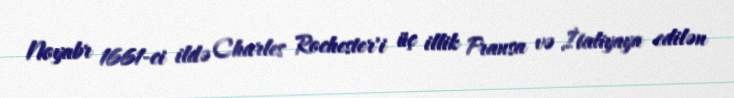
Noyabr 1661-ci ildə Charles Rochester'i üç illik Fransa və İtaliyaya edilən